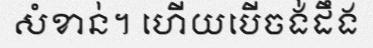
សំខាន់។ ហើយបើចង់ដឹង